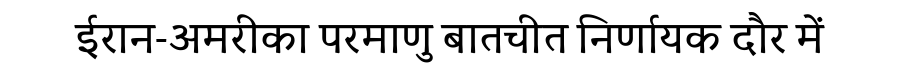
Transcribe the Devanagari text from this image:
ईरान-अमरीका परमाणु बातचीत निर्णायक दौर में